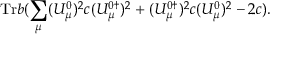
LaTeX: \mathrm { T r } b ( \sum _ { \mu } ( U _ { \mu } ^ { 0 } ) ^ { 2 } c ( U _ { \mu } ^ { 0 \dagger } ) ^ { 2 } + ( U _ { \mu } ^ { 0 \dagger } ) ^ { 2 } c ( U _ { \mu } ^ { 0 } ) ^ { 2 } - 2 c ) .